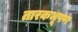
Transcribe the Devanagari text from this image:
तारकभूषण